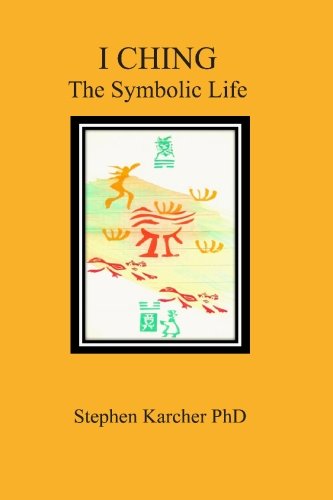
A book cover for I Ching: The Symbolic Life; Stephen Karcher PhD; Religion & Spirituality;